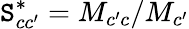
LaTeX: \mathtt{S}_{cc^{\prime}}^{*}={M}_{c^{\prime}c}/{M}_{c^{\prime}}